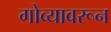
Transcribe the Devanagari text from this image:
गोव्यावरून